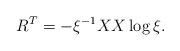
LaTeX: \begin{align*}R^T = - \xi^{-1} X X \log \xi.\end{align*}